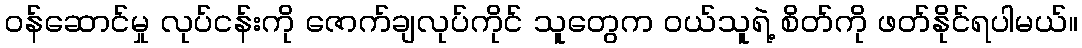
ဝန်ဆောင်မှု လုပ်ငန်းကို ဇောက်ချလုပ်ကိုင် သူတွေက ဝယ်သူရဲ့ စိတ်ကို ဖတ်နိုင်ရပါမယ်။